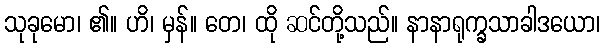
သုခုမော၊ ၏။ ဟိ၊ မှန်။ တေ၊ ထို ဆင်တို့သည်။ နာနာရုက္ခသာခါဒယော၊